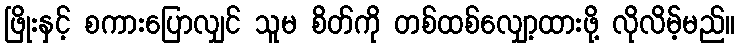
ဖြိုးနှင့် စကားပြောလျှင် သူမ စိတ်ကို တစ်ထစ်လျှော့ထားဖို့ လိုလိမ့်မည်။